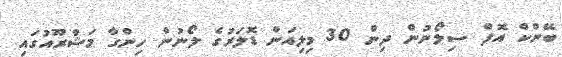
ބޭންކް އޮފް ސިލޯނުން ދިން 30 މިލިއަން ޑޮލަރުގެ ލޯނުން ހިންގާ މަޝްރޫއުގައި